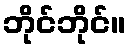
ဘိုင်ဘိုင်။